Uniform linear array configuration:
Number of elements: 64
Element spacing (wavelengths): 0.5
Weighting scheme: hamming
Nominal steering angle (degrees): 0
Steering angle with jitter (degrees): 1.288
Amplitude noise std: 0.05
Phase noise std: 0.05

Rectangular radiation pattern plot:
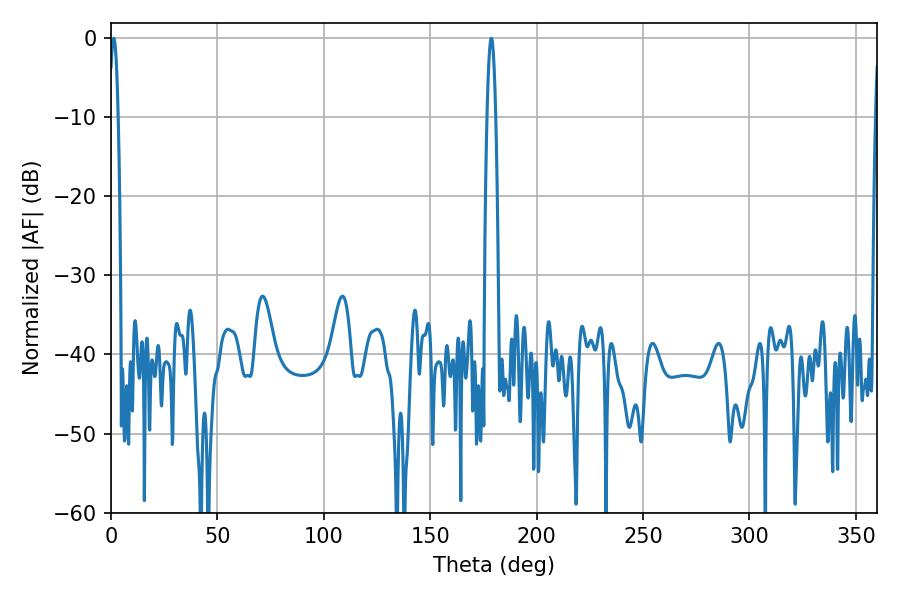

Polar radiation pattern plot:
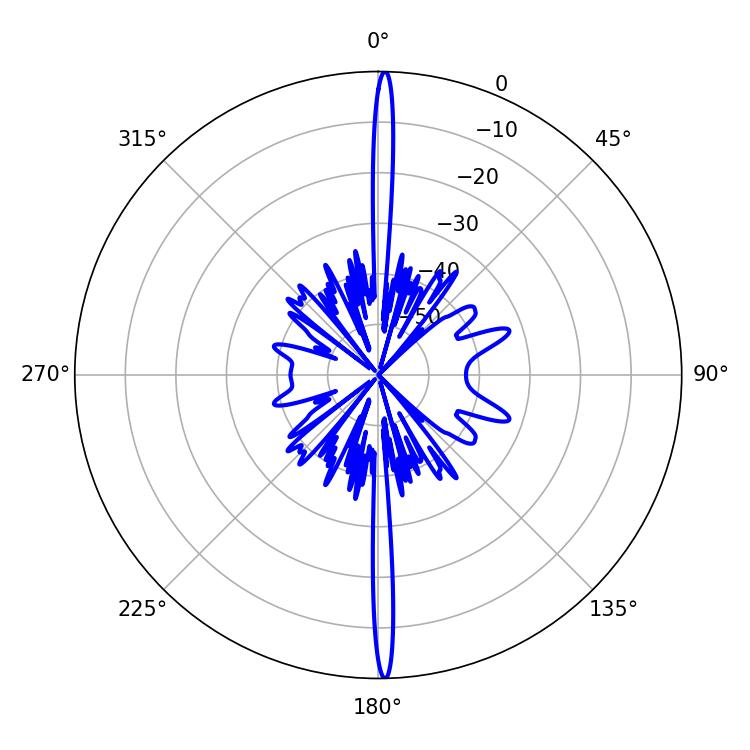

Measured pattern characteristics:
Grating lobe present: FALSE
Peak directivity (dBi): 29.884
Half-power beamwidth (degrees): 2.16
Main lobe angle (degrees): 1.26